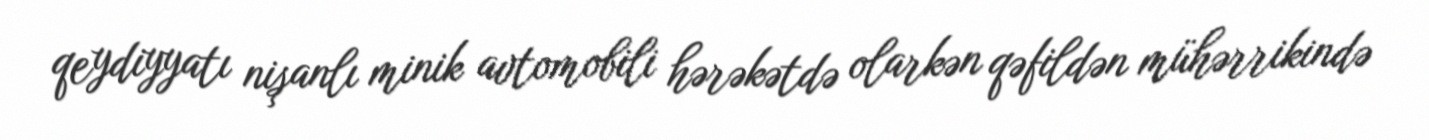
qeydiyyatı nişanlı minik avtomobili hərəkətdə olarkən qəfildən mühərrikində